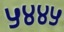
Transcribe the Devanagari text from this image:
५४४५